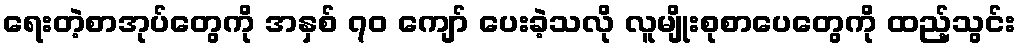
ရေးတဲ့စာအုပ်တွေကို အနှစ် ၇၀ ကျော် ပေးခဲ့သလို လူမျိုးစုစာပေတွေကို ထည့်သွင်း